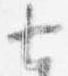
七